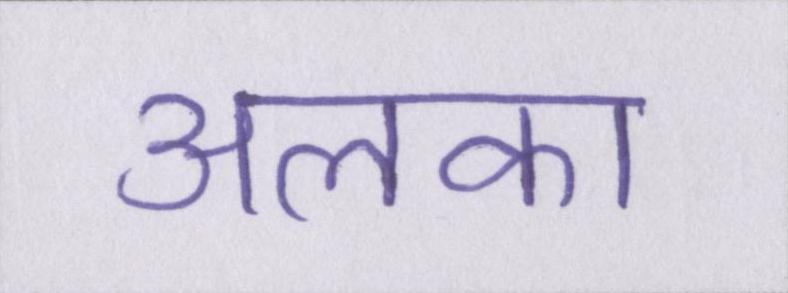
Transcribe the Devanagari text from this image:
अलका